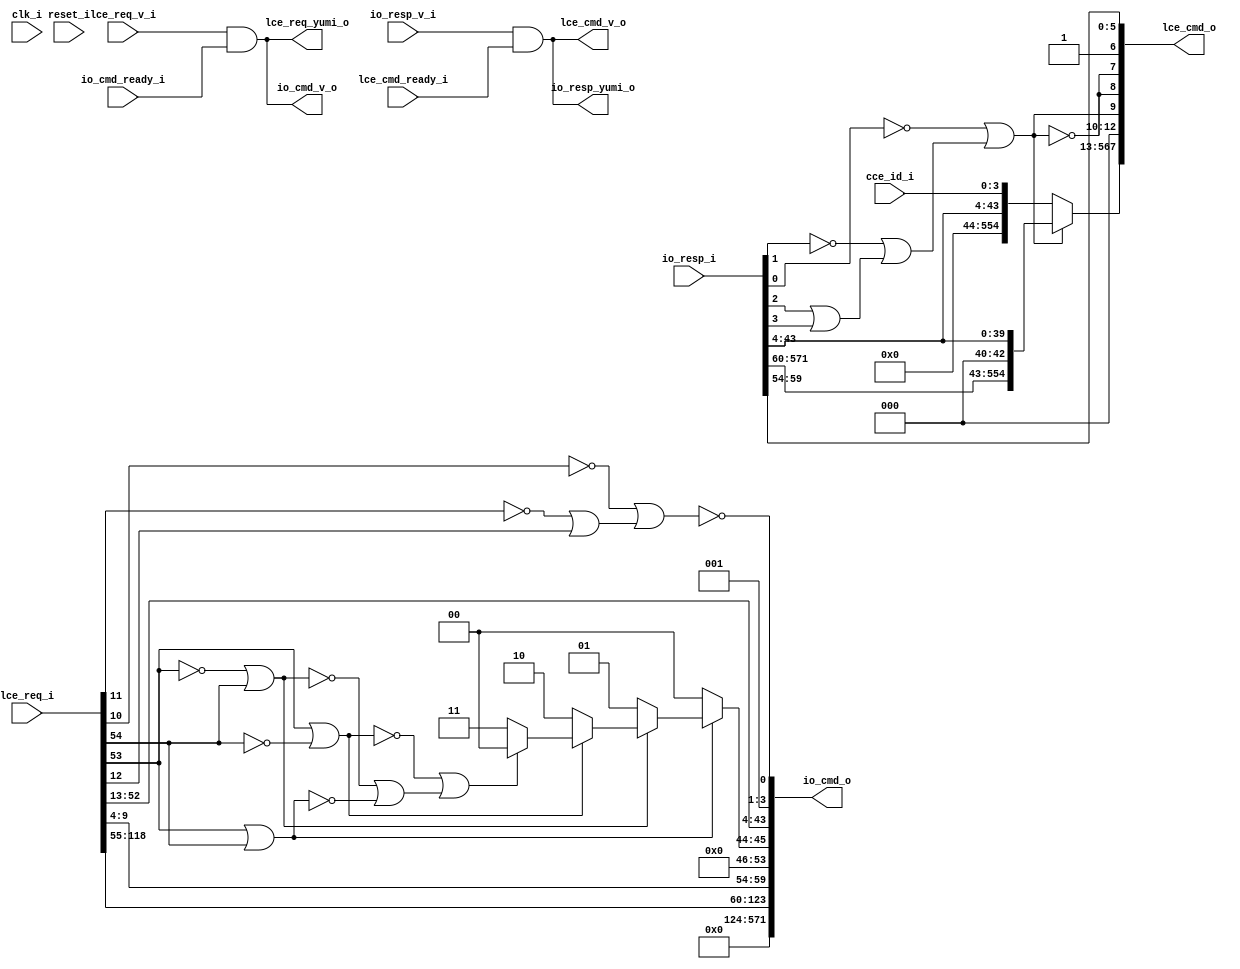
module bp_io_cce_05
(
  clk_i,
  reset_i,
  cce_id_i,
  lce_req_i,
  lce_req_v_i,
  lce_req_yumi_o,
  lce_cmd_o,
  lce_cmd_v_o,
  lce_cmd_ready_i,
  io_cmd_o,
  io_cmd_v_o,
  io_cmd_ready_i,
  io_resp_i,
  io_resp_v_i,
  io_resp_yumi_o
);

  input [3:0] cce_id_i;
  input [118:0] lce_req_i;
  output [567:0] lce_cmd_o;
  output [571:0] io_cmd_o;
  input [571:0] io_resp_i;
  input clk_i;
  input reset_i;
  input lce_req_v_i;
  input lce_cmd_ready_i;
  input io_cmd_ready_i;
  input io_resp_v_i;
  output lce_req_yumi_o;
  output lce_cmd_v_o;
  output io_cmd_v_o;
  output io_resp_yumi_o;
  wire [567:0] lce_cmd_o;
  wire [571:0] io_cmd_o;
  wire lce_req_yumi_o,lce_cmd_v_o,io_cmd_v_o,io_resp_yumi_o,N0,N1,N2,N3,N4,
  lce_cmd_o_8_,lce_cmd_o_5_,lce_cmd_o_4_,lce_cmd_o_3_,lce_cmd_o_2_,lce_cmd_o_1_,lce_cmd_o_0_,
  io_cmd_o_123_,io_cmd_o_122_,io_cmd_o_121_,io_cmd_o_120_,io_cmd_o_119_,
  io_cmd_o_118_,io_cmd_o_117_,io_cmd_o_116_,io_cmd_o_115_,io_cmd_o_114_,io_cmd_o_113_,
  io_cmd_o_112_,io_cmd_o_111_,io_cmd_o_110_,io_cmd_o_109_,io_cmd_o_108_,io_cmd_o_107_,
  io_cmd_o_106_,io_cmd_o_105_,io_cmd_o_104_,io_cmd_o_103_,io_cmd_o_102_,
  io_cmd_o_101_,io_cmd_o_100_,io_cmd_o_99_,io_cmd_o_98_,io_cmd_o_97_,io_cmd_o_96_,io_cmd_o_95_,
  io_cmd_o_94_,io_cmd_o_93_,io_cmd_o_92_,io_cmd_o_91_,io_cmd_o_90_,io_cmd_o_89_,
  io_cmd_o_88_,io_cmd_o_87_,io_cmd_o_86_,io_cmd_o_85_,io_cmd_o_84_,io_cmd_o_83_,
  io_cmd_o_82_,io_cmd_o_81_,io_cmd_o_80_,io_cmd_o_79_,io_cmd_o_78_,io_cmd_o_77_,
  io_cmd_o_76_,io_cmd_o_75_,io_cmd_o_74_,io_cmd_o_73_,io_cmd_o_72_,io_cmd_o_71_,
  io_cmd_o_70_,io_cmd_o_69_,io_cmd_o_68_,io_cmd_o_67_,io_cmd_o_66_,io_cmd_o_65_,
  io_cmd_o_64_,io_cmd_o_63_,io_cmd_o_62_,io_cmd_o_61_,io_cmd_o_60_,io_cmd_o_59_,
  io_cmd_o_58_,io_cmd_o_57_,io_cmd_o_56_,io_cmd_o_55_,io_cmd_o_54_,io_cmd_o_43_,io_cmd_o_42_,
  io_cmd_o_41_,io_cmd_o_40_,io_cmd_o_39_,io_cmd_o_38_,io_cmd_o_37_,io_cmd_o_36_,
  io_cmd_o_35_,io_cmd_o_34_,io_cmd_o_33_,io_cmd_o_32_,io_cmd_o_31_,io_cmd_o_30_,
  io_cmd_o_29_,io_cmd_o_28_,io_cmd_o_27_,io_cmd_o_26_,io_cmd_o_25_,io_cmd_o_24_,
  io_cmd_o_23_,io_cmd_o_22_,io_cmd_o_21_,io_cmd_o_20_,io_cmd_o_19_,io_cmd_o_18_,
  io_cmd_o_17_,io_cmd_o_16_,io_cmd_o_15_,io_cmd_o_14_,io_cmd_o_13_,io_cmd_o_12_,
  io_cmd_o_11_,io_cmd_o_10_,io_cmd_o_9_,io_cmd_o_8_,io_cmd_o_7_,io_cmd_o_6_,io_cmd_o_5_,
  io_cmd_o_4_,N5,N6,N7,N8,N9,N10,N11,N12,N13,N14,N15,N16,N17,N18,N19,N20,N21,N22,N23,
  N24,N25,N26;
  assign io_cmd_o[1] = 1'b1;
  assign lce_cmd_o[6] = 1'b1;
  assign io_cmd_o[2] = 1'b0;
  assign io_cmd_o[3] = 1'b0;
  assign io_cmd_o[46] = 1'b0;
  assign io_cmd_o[47] = 1'b0;
  assign io_cmd_o[48] = 1'b0;
  assign io_cmd_o[49] = 1'b0;
  assign io_cmd_o[50] = 1'b0;
  assign io_cmd_o[51] = 1'b0;
  assign io_cmd_o[52] = 1'b0;
  assign io_cmd_o[53] = 1'b0;
  assign io_cmd_o[124] = 1'b0;
  assign io_cmd_o[125] = 1'b0;
  assign io_cmd_o[126] = 1'b0;
  assign io_cmd_o[127] = 1'b0;
  assign io_cmd_o[128] = 1'b0;
  assign io_cmd_o[129] = 1'b0;
  assign io_cmd_o[130] = 1'b0;
  assign io_cmd_o[131] = 1'b0;
  assign io_cmd_o[132] = 1'b0;
  assign io_cmd_o[133] = 1'b0;
  assign io_cmd_o[134] = 1'b0;
  assign io_cmd_o[135] = 1'b0;
  assign io_cmd_o[136] = 1'b0;
  assign io_cmd_o[137] = 1'b0;
  assign io_cmd_o[138] = 1'b0;
  assign io_cmd_o[139] = 1'b0;
  assign io_cmd_o[140] = 1'b0;
  assign io_cmd_o[141] = 1'b0;
  assign io_cmd_o[142] = 1'b0;
  assign io_cmd_o[143] = 1'b0;
  assign io_cmd_o[144] = 1'b0;
  assign io_cmd_o[145] = 1'b0;
  assign io_cmd_o[146] = 1'b0;
  assign io_cmd_o[147] = 1'b0;
  assign io_cmd_o[148] = 1'b0;
  assign io_cmd_o[149] = 1'b0;
  assign io_cmd_o[150] = 1'b0;
  assign io_cmd_o[151] = 1'b0;
  assign io_cmd_o[152] = 1'b0;
  assign io_cmd_o[153] = 1'b0;
  assign io_cmd_o[154] = 1'b0;
  assign io_cmd_o[155] = 1'b0;
  assign io_cmd_o[156] = 1'b0;
  assign io_cmd_o[157] = 1'b0;
  assign io_cmd_o[158] = 1'b0;
  assign io_cmd_o[159] = 1'b0;
  assign io_cmd_o[160] = 1'b0;
  assign io_cmd_o[161] = 1'b0;
  assign io_cmd_o[162] = 1'b0;
  assign io_cmd_o[163] = 1'b0;
  assign io_cmd_o[164] = 1'b0;
  assign io_cmd_o[165] = 1'b0;
  assign io_cmd_o[166] = 1'b0;
  assign io_cmd_o[167] = 1'b0;
  assign io_cmd_o[168] = 1'b0;
  assign io_cmd_o[169] = 1'b0;
  assign io_cmd_o[170] = 1'b0;
  assign io_cmd_o[171] = 1'b0;
  assign io_cmd_o[172] = 1'b0;
  assign io_cmd_o[173] = 1'b0;
  assign io_cmd_o[174] = 1'b0;
  assign io_cmd_o[175] = 1'b0;
  assign io_cmd_o[176] = 1'b0;
  assign io_cmd_o[177] = 1'b0;
  assign io_cmd_o[178] = 1'b0;
  assign io_cmd_o[179] = 1'b0;
  assign io_cmd_o[180] = 1'b0;
  assign io_cmd_o[181] = 1'b0;
  assign io_cmd_o[182] = 1'b0;
  assign io_cmd_o[183] = 1'b0;
  assign io_cmd_o[184] = 1'b0;
  assign io_cmd_o[185] = 1'b0;
  assign io_cmd_o[186] = 1'b0;
  assign io_cmd_o[187] = 1'b0;
  assign io_cmd_o[188] = 1'b0;
  assign io_cmd_o[189] = 1'b0;
  assign io_cmd_o[190] = 1'b0;
  assign io_cmd_o[191] = 1'b0;
  assign io_cmd_o[192] = 1'b0;
  assign io_cmd_o[193] = 1'b0;
  assign io_cmd_o[194] = 1'b0;
  assign io_cmd_o[195] = 1'b0;
  assign io_cmd_o[196] = 1'b0;
  assign io_cmd_o[197] = 1'b0;
  assign io_cmd_o[198] = 1'b0;
  assign io_cmd_o[199] = 1'b0;
  assign io_cmd_o[200] = 1'b0;
  assign io_cmd_o[201] = 1'b0;
  assign io_cmd_o[202] = 1'b0;
  assign io_cmd_o[203] = 1'b0;
  assign io_cmd_o[204] = 1'b0;
  assign io_cmd_o[205] = 1'b0;
  assign io_cmd_o[206] = 1'b0;
  assign io_cmd_o[207] = 1'b0;
  assign io_cmd_o[208] = 1'b0;
  assign io_cmd_o[209] = 1'b0;
  assign io_cmd_o[210] = 1'b0;
  assign io_cmd_o[211] = 1'b0;
  assign io_cmd_o[212] = 1'b0;
  assign io_cmd_o[213] = 1'b0;
  assign io_cmd_o[214] = 1'b0;
  assign io_cmd_o[215] = 1'b0;
  assign io_cmd_o[216] = 1'b0;
  assign io_cmd_o[217] = 1'b0;
  assign io_cmd_o[218] = 1'b0;
  assign io_cmd_o[219] = 1'b0;
  assign io_cmd_o[220] = 1'b0;
  assign io_cmd_o[221] = 1'b0;
  assign io_cmd_o[222] = 1'b0;
  assign io_cmd_o[223] = 1'b0;
  assign io_cmd_o[224] = 1'b0;
  assign io_cmd_o[225] = 1'b0;
  assign io_cmd_o[226] = 1'b0;
  assign io_cmd_o[227] = 1'b0;
  assign io_cmd_o[228] = 1'b0;
  assign io_cmd_o[229] = 1'b0;
  assign io_cmd_o[230] = 1'b0;
  assign io_cmd_o[231] = 1'b0;
  assign io_cmd_o[232] = 1'b0;
  assign io_cmd_o[233] = 1'b0;
  assign io_cmd_o[234] = 1'b0;
  assign io_cmd_o[235] = 1'b0;
  assign io_cmd_o[236] = 1'b0;
  assign io_cmd_o[237] = 1'b0;
  assign io_cmd_o[238] = 1'b0;
  assign io_cmd_o[239] = 1'b0;
  assign io_cmd_o[240] = 1'b0;
  assign io_cmd_o[241] = 1'b0;
  assign io_cmd_o[242] = 1'b0;
  assign io_cmd_o[243] = 1'b0;
  assign io_cmd_o[244] = 1'b0;
  assign io_cmd_o[245] = 1'b0;
  assign io_cmd_o[246] = 1'b0;
  assign io_cmd_o[247] = 1'b0;
  assign io_cmd_o[248] = 1'b0;
  assign io_cmd_o[249] = 1'b0;
  assign io_cmd_o[250] = 1'b0;
  assign io_cmd_o[251] = 1'b0;
  assign io_cmd_o[252] = 1'b0;
  assign io_cmd_o[253] = 1'b0;
  assign io_cmd_o[254] = 1'b0;
  assign io_cmd_o[255] = 1'b0;
  assign io_cmd_o[256] = 1'b0;
  assign io_cmd_o[257] = 1'b0;
  assign io_cmd_o[258] = 1'b0;
  assign io_cmd_o[259] = 1'b0;
  assign io_cmd_o[260] = 1'b0;
  assign io_cmd_o[261] = 1'b0;
  assign io_cmd_o[262] = 1'b0;
  assign io_cmd_o[263] = 1'b0;
  assign io_cmd_o[264] = 1'b0;
  assign io_cmd_o[265] = 1'b0;
  assign io_cmd_o[266] = 1'b0;
  assign io_cmd_o[267] = 1'b0;
  assign io_cmd_o[268] = 1'b0;
  assign io_cmd_o[269] = 1'b0;
  assign io_cmd_o[270] = 1'b0;
  assign io_cmd_o[271] = 1'b0;
  assign io_cmd_o[272] = 1'b0;
  assign io_cmd_o[273] = 1'b0;
  assign io_cmd_o[274] = 1'b0;
  assign io_cmd_o[275] = 1'b0;
  assign io_cmd_o[276] = 1'b0;
  assign io_cmd_o[277] = 1'b0;
  assign io_cmd_o[278] = 1'b0;
  assign io_cmd_o[279] = 1'b0;
  assign io_cmd_o[280] = 1'b0;
  assign io_cmd_o[281] = 1'b0;
  assign io_cmd_o[282] = 1'b0;
  assign io_cmd_o[283] = 1'b0;
  assign io_cmd_o[284] = 1'b0;
  assign io_cmd_o[285] = 1'b0;
  assign io_cmd_o[286] = 1'b0;
  assign io_cmd_o[287] = 1'b0;
  assign io_cmd_o[288] = 1'b0;
  assign io_cmd_o[289] = 1'b0;
  assign io_cmd_o[290] = 1'b0;
  assign io_cmd_o[291] = 1'b0;
  assign io_cmd_o[292] = 1'b0;
  assign io_cmd_o[293] = 1'b0;
  assign io_cmd_o[294] = 1'b0;
  assign io_cmd_o[295] = 1'b0;
  assign io_cmd_o[296] = 1'b0;
  assign io_cmd_o[297] = 1'b0;
  assign io_cmd_o[298] = 1'b0;
  assign io_cmd_o[299] = 1'b0;
  assign io_cmd_o[300] = 1'b0;
  assign io_cmd_o[301] = 1'b0;
  assign io_cmd_o[302] = 1'b0;
  assign io_cmd_o[303] = 1'b0;
  assign io_cmd_o[304] = 1'b0;
  assign io_cmd_o[305] = 1'b0;
  assign io_cmd_o[306] = 1'b0;
  assign io_cmd_o[307] = 1'b0;
  assign io_cmd_o[308] = 1'b0;
  assign io_cmd_o[309] = 1'b0;
  assign io_cmd_o[310] = 1'b0;
  assign io_cmd_o[311] = 1'b0;
  assign io_cmd_o[312] = 1'b0;
  assign io_cmd_o[313] = 1'b0;
  assign io_cmd_o[314] = 1'b0;
  assign io_cmd_o[315] = 1'b0;
  assign io_cmd_o[316] = 1'b0;
  assign io_cmd_o[317] = 1'b0;
  assign io_cmd_o[318] = 1'b0;
  assign io_cmd_o[319] = 1'b0;
  assign io_cmd_o[320] = 1'b0;
  assign io_cmd_o[321] = 1'b0;
  assign io_cmd_o[322] = 1'b0;
  assign io_cmd_o[323] = 1'b0;
  assign io_cmd_o[324] = 1'b0;
  assign io_cmd_o[325] = 1'b0;
  assign io_cmd_o[326] = 1'b0;
  assign io_cmd_o[327] = 1'b0;
  assign io_cmd_o[328] = 1'b0;
  assign io_cmd_o[329] = 1'b0;
  assign io_cmd_o[330] = 1'b0;
  assign io_cmd_o[331] = 1'b0;
  assign io_cmd_o[332] = 1'b0;
  assign io_cmd_o[333] = 1'b0;
  assign io_cmd_o[334] = 1'b0;
  assign io_cmd_o[335] = 1'b0;
  assign io_cmd_o[336] = 1'b0;
  assign io_cmd_o[337] = 1'b0;
  assign io_cmd_o[338] = 1'b0;
  assign io_cmd_o[339] = 1'b0;
  assign io_cmd_o[340] = 1'b0;
  assign io_cmd_o[341] = 1'b0;
  assign io_cmd_o[342] = 1'b0;
  assign io_cmd_o[343] = 1'b0;
  assign io_cmd_o[344] = 1'b0;
  assign io_cmd_o[345] = 1'b0;
  assign io_cmd_o[346] = 1'b0;
  assign io_cmd_o[347] = 1'b0;
  assign io_cmd_o[348] = 1'b0;
  assign io_cmd_o[349] = 1'b0;
  assign io_cmd_o[350] = 1'b0;
  assign io_cmd_o[351] = 1'b0;
  assign io_cmd_o[352] = 1'b0;
  assign io_cmd_o[353] = 1'b0;
  assign io_cmd_o[354] = 1'b0;
  assign io_cmd_o[355] = 1'b0;
  assign io_cmd_o[356] = 1'b0;
  assign io_cmd_o[357] = 1'b0;
  assign io_cmd_o[358] = 1'b0;
  assign io_cmd_o[359] = 1'b0;
  assign io_cmd_o[360] = 1'b0;
  assign io_cmd_o[361] = 1'b0;
  assign io_cmd_o[362] = 1'b0;
  assign io_cmd_o[363] = 1'b0;
  assign io_cmd_o[364] = 1'b0;
  assign io_cmd_o[365] = 1'b0;
  assign io_cmd_o[366] = 1'b0;
  assign io_cmd_o[367] = 1'b0;
  assign io_cmd_o[368] = 1'b0;
  assign io_cmd_o[369] = 1'b0;
  assign io_cmd_o[370] = 1'b0;
  assign io_cmd_o[371] = 1'b0;
  assign io_cmd_o[372] = 1'b0;
  assign io_cmd_o[373] = 1'b0;
  assign io_cmd_o[374] = 1'b0;
  assign io_cmd_o[375] = 1'b0;
  assign io_cmd_o[376] = 1'b0;
  assign io_cmd_o[377] = 1'b0;
  assign io_cmd_o[378] = 1'b0;
  assign io_cmd_o[379] = 1'b0;
  assign io_cmd_o[380] = 1'b0;
  assign io_cmd_o[381] = 1'b0;
  assign io_cmd_o[382] = 1'b0;
  assign io_cmd_o[383] = 1'b0;
  assign io_cmd_o[384] = 1'b0;
  assign io_cmd_o[385] = 1'b0;
  assign io_cmd_o[386] = 1'b0;
  assign io_cmd_o[387] = 1'b0;
  assign io_cmd_o[388] = 1'b0;
  assign io_cmd_o[389] = 1'b0;
  assign io_cmd_o[390] = 1'b0;
  assign io_cmd_o[391] = 1'b0;
  assign io_cmd_o[392] = 1'b0;
  assign io_cmd_o[393] = 1'b0;
  assign io_cmd_o[394] = 1'b0;
  assign io_cmd_o[395] = 1'b0;
  assign io_cmd_o[396] = 1'b0;
  assign io_cmd_o[397] = 1'b0;
  assign io_cmd_o[398] = 1'b0;
  assign io_cmd_o[399] = 1'b0;
  assign io_cmd_o[400] = 1'b0;
  assign io_cmd_o[401] = 1'b0;
  assign io_cmd_o[402] = 1'b0;
  assign io_cmd_o[403] = 1'b0;
  assign io_cmd_o[404] = 1'b0;
  assign io_cmd_o[405] = 1'b0;
  assign io_cmd_o[406] = 1'b0;
  assign io_cmd_o[407] = 1'b0;
  assign io_cmd_o[408] = 1'b0;
  assign io_cmd_o[409] = 1'b0;
  assign io_cmd_o[410] = 1'b0;
  assign io_cmd_o[411] = 1'b0;
  assign io_cmd_o[412] = 1'b0;
  assign io_cmd_o[413] = 1'b0;
  assign io_cmd_o[414] = 1'b0;
  assign io_cmd_o[415] = 1'b0;
  assign io_cmd_o[416] = 1'b0;
  assign io_cmd_o[417] = 1'b0;
  assign io_cmd_o[418] = 1'b0;
  assign io_cmd_o[419] = 1'b0;
  assign io_cmd_o[420] = 1'b0;
  assign io_cmd_o[421] = 1'b0;
  assign io_cmd_o[422] = 1'b0;
  assign io_cmd_o[423] = 1'b0;
  assign io_cmd_o[424] = 1'b0;
  assign io_cmd_o[425] = 1'b0;
  assign io_cmd_o[426] = 1'b0;
  assign io_cmd_o[427] = 1'b0;
  assign io_cmd_o[428] = 1'b0;
  assign io_cmd_o[429] = 1'b0;
  assign io_cmd_o[430] = 1'b0;
  assign io_cmd_o[431] = 1'b0;
  assign io_cmd_o[432] = 1'b0;
  assign io_cmd_o[433] = 1'b0;
  assign io_cmd_o[434] = 1'b0;
  assign io_cmd_o[435] = 1'b0;
  assign io_cmd_o[436] = 1'b0;
  assign io_cmd_o[437] = 1'b0;
  assign io_cmd_o[438] = 1'b0;
  assign io_cmd_o[439] = 1'b0;
  assign io_cmd_o[440] = 1'b0;
  assign io_cmd_o[441] = 1'b0;
  assign io_cmd_o[442] = 1'b0;
  assign io_cmd_o[443] = 1'b0;
  assign io_cmd_o[444] = 1'b0;
  assign io_cmd_o[445] = 1'b0;
  assign io_cmd_o[446] = 1'b0;
  assign io_cmd_o[447] = 1'b0;
  assign io_cmd_o[448] = 1'b0;
  assign io_cmd_o[449] = 1'b0;
  assign io_cmd_o[450] = 1'b0;
  assign io_cmd_o[451] = 1'b0;
  assign io_cmd_o[452] = 1'b0;
  assign io_cmd_o[453] = 1'b0;
  assign io_cmd_o[454] = 1'b0;
  assign io_cmd_o[455] = 1'b0;
  assign io_cmd_o[456] = 1'b0;
  assign io_cmd_o[457] = 1'b0;
  assign io_cmd_o[458] = 1'b0;
  assign io_cmd_o[459] = 1'b0;
  assign io_cmd_o[460] = 1'b0;
  assign io_cmd_o[461] = 1'b0;
  assign io_cmd_o[462] = 1'b0;
  assign io_cmd_o[463] = 1'b0;
  assign io_cmd_o[464] = 1'b0;
  assign io_cmd_o[465] = 1'b0;
  assign io_cmd_o[466] = 1'b0;
  assign io_cmd_o[467] = 1'b0;
  assign io_cmd_o[468] = 1'b0;
  assign io_cmd_o[469] = 1'b0;
  assign io_cmd_o[470] = 1'b0;
  assign io_cmd_o[471] = 1'b0;
  assign io_cmd_o[472] = 1'b0;
  assign io_cmd_o[473] = 1'b0;
  assign io_cmd_o[474] = 1'b0;
  assign io_cmd_o[475] = 1'b0;
  assign io_cmd_o[476] = 1'b0;
  assign io_cmd_o[477] = 1'b0;
  assign io_cmd_o[478] = 1'b0;
  assign io_cmd_o[479] = 1'b0;
  assign io_cmd_o[480] = 1'b0;
  assign io_cmd_o[481] = 1'b0;
  assign io_cmd_o[482] = 1'b0;
  assign io_cmd_o[483] = 1'b0;
  assign io_cmd_o[484] = 1'b0;
  assign io_cmd_o[485] = 1'b0;
  assign io_cmd_o[486] = 1'b0;
  assign io_cmd_o[487] = 1'b0;
  assign io_cmd_o[488] = 1'b0;
  assign io_cmd_o[489] = 1'b0;
  assign io_cmd_o[490] = 1'b0;
  assign io_cmd_o[491] = 1'b0;
  assign io_cmd_o[492] = 1'b0;
  assign io_cmd_o[493] = 1'b0;
  assign io_cmd_o[494] = 1'b0;
  assign io_cmd_o[495] = 1'b0;
  assign io_cmd_o[496] = 1'b0;
  assign io_cmd_o[497] = 1'b0;
  assign io_cmd_o[498] = 1'b0;
  assign io_cmd_o[499] = 1'b0;
  assign io_cmd_o[500] = 1'b0;
  assign io_cmd_o[501] = 1'b0;
  assign io_cmd_o[502] = 1'b0;
  assign io_cmd_o[503] = 1'b0;
  assign io_cmd_o[504] = 1'b0;
  assign io_cmd_o[505] = 1'b0;
  assign io_cmd_o[506] = 1'b0;
  assign io_cmd_o[507] = 1'b0;
  assign io_cmd_o[508] = 1'b0;
  assign io_cmd_o[509] = 1'b0;
  assign io_cmd_o[510] = 1'b0;
  assign io_cmd_o[511] = 1'b0;
  assign io_cmd_o[512] = 1'b0;
  assign io_cmd_o[513] = 1'b0;
  assign io_cmd_o[514] = 1'b0;
  assign io_cmd_o[515] = 1'b0;
  assign io_cmd_o[516] = 1'b0;
  assign io_cmd_o[517] = 1'b0;
  assign io_cmd_o[518] = 1'b0;
  assign io_cmd_o[519] = 1'b0;
  assign io_cmd_o[520] = 1'b0;
  assign io_cmd_o[521] = 1'b0;
  assign io_cmd_o[522] = 1'b0;
  assign io_cmd_o[523] = 1'b0;
  assign io_cmd_o[524] = 1'b0;
  assign io_cmd_o[525] = 1'b0;
  assign io_cmd_o[526] = 1'b0;
  assign io_cmd_o[527] = 1'b0;
  assign io_cmd_o[528] = 1'b0;
  assign io_cmd_o[529] = 1'b0;
  assign io_cmd_o[530] = 1'b0;
  assign io_cmd_o[531] = 1'b0;
  assign io_cmd_o[532] = 1'b0;
  assign io_cmd_o[533] = 1'b0;
  assign io_cmd_o[534] = 1'b0;
  assign io_cmd_o[535] = 1'b0;
  assign io_cmd_o[536] = 1'b0;
  assign io_cmd_o[537] = 1'b0;
  assign io_cmd_o[538] = 1'b0;
  assign io_cmd_o[539] = 1'b0;
  assign io_cmd_o[540] = 1'b0;
  assign io_cmd_o[541] = 1'b0;
  assign io_cmd_o[542] = 1'b0;
  assign io_cmd_o[543] = 1'b0;
  assign io_cmd_o[544] = 1'b0;
  assign io_cmd_o[545] = 1'b0;
  assign io_cmd_o[546] = 1'b0;
  assign io_cmd_o[547] = 1'b0;
  assign io_cmd_o[548] = 1'b0;
  assign io_cmd_o[549] = 1'b0;
  assign io_cmd_o[550] = 1'b0;
  assign io_cmd_o[551] = 1'b0;
  assign io_cmd_o[552] = 1'b0;
  assign io_cmd_o[553] = 1'b0;
  assign io_cmd_o[554] = 1'b0;
  assign io_cmd_o[555] = 1'b0;
  assign io_cmd_o[556] = 1'b0;
  assign io_cmd_o[557] = 1'b0;
  assign io_cmd_o[558] = 1'b0;
  assign io_cmd_o[559] = 1'b0;
  assign io_cmd_o[560] = 1'b0;
  assign io_cmd_o[561] = 1'b0;
  assign io_cmd_o[562] = 1'b0;
  assign io_cmd_o[563] = 1'b0;
  assign io_cmd_o[564] = 1'b0;
  assign io_cmd_o[565] = 1'b0;
  assign io_cmd_o[566] = 1'b0;
  assign io_cmd_o[567] = 1'b0;
  assign io_cmd_o[568] = 1'b0;
  assign io_cmd_o[569] = 1'b0;
  assign io_cmd_o[570] = 1'b0;
  assign io_cmd_o[571] = 1'b0;
  assign lce_cmd_o[10] = 1'b0;
  assign lce_cmd_o[11] = 1'b0;
  assign lce_cmd_o[12] = 1'b0;
  assign io_cmd_v_o = lce_req_yumi_o;
  assign lce_cmd_o[7] = lce_cmd_o_8_;
  assign lce_cmd_o[8] = lce_cmd_o_8_;
  assign lce_cmd_o_5_ = io_resp_i[59];
  assign lce_cmd_o[5] = lce_cmd_o_5_;
  assign lce_cmd_o_4_ = io_resp_i[58];
  assign lce_cmd_o[4] = lce_cmd_o_4_;
  assign lce_cmd_o_3_ = io_resp_i[57];
  assign lce_cmd_o[3] = lce_cmd_o_3_;
  assign lce_cmd_o_2_ = io_resp_i[56];
  assign lce_cmd_o[2] = lce_cmd_o_2_;
  assign lce_cmd_o_1_ = io_resp_i[55];
  assign lce_cmd_o[1] = lce_cmd_o_1_;
  assign lce_cmd_o_0_ = io_resp_i[54];
  assign lce_cmd_o[0] = lce_cmd_o_0_;
  assign io_cmd_o_123_ = lce_req_i[118];
  assign io_cmd_o[123] = io_cmd_o_123_;
  assign io_cmd_o_122_ = lce_req_i[117];
  assign io_cmd_o[122] = io_cmd_o_122_;
  assign io_cmd_o_121_ = lce_req_i[116];
  assign io_cmd_o[121] = io_cmd_o_121_;
  assign io_cmd_o_120_ = lce_req_i[115];
  assign io_cmd_o[120] = io_cmd_o_120_;
  assign io_cmd_o_119_ = lce_req_i[114];
  assign io_cmd_o[119] = io_cmd_o_119_;
  assign io_cmd_o_118_ = lce_req_i[113];
  assign io_cmd_o[118] = io_cmd_o_118_;
  assign io_cmd_o_117_ = lce_req_i[112];
  assign io_cmd_o[117] = io_cmd_o_117_;
  assign io_cmd_o_116_ = lce_req_i[111];
  assign io_cmd_o[116] = io_cmd_o_116_;
  assign io_cmd_o_115_ = lce_req_i[110];
  assign io_cmd_o[115] = io_cmd_o_115_;
  assign io_cmd_o_114_ = lce_req_i[109];
  assign io_cmd_o[114] = io_cmd_o_114_;
  assign io_cmd_o_113_ = lce_req_i[108];
  assign io_cmd_o[113] = io_cmd_o_113_;
  assign io_cmd_o_112_ = lce_req_i[107];
  assign io_cmd_o[112] = io_cmd_o_112_;
  assign io_cmd_o_111_ = lce_req_i[106];
  assign io_cmd_o[111] = io_cmd_o_111_;
  assign io_cmd_o_110_ = lce_req_i[105];
  assign io_cmd_o[110] = io_cmd_o_110_;
  assign io_cmd_o_109_ = lce_req_i[104];
  assign io_cmd_o[109] = io_cmd_o_109_;
  assign io_cmd_o_108_ = lce_req_i[103];
  assign io_cmd_o[108] = io_cmd_o_108_;
  assign io_cmd_o_107_ = lce_req_i[102];
  assign io_cmd_o[107] = io_cmd_o_107_;
  assign io_cmd_o_106_ = lce_req_i[101];
  assign io_cmd_o[106] = io_cmd_o_106_;
  assign io_cmd_o_105_ = lce_req_i[100];
  assign io_cmd_o[105] = io_cmd_o_105_;
  assign io_cmd_o_104_ = lce_req_i[99];
  assign io_cmd_o[104] = io_cmd_o_104_;
  assign io_cmd_o_103_ = lce_req_i[98];
  assign io_cmd_o[103] = io_cmd_o_103_;
  assign io_cmd_o_102_ = lce_req_i[97];
  assign io_cmd_o[102] = io_cmd_o_102_;
  assign io_cmd_o_101_ = lce_req_i[96];
  assign io_cmd_o[101] = io_cmd_o_101_;
  assign io_cmd_o_100_ = lce_req_i[95];
  assign io_cmd_o[100] = io_cmd_o_100_;
  assign io_cmd_o_99_ = lce_req_i[94];
  assign io_cmd_o[99] = io_cmd_o_99_;
  assign io_cmd_o_98_ = lce_req_i[93];
  assign io_cmd_o[98] = io_cmd_o_98_;
  assign io_cmd_o_97_ = lce_req_i[92];
  assign io_cmd_o[97] = io_cmd_o_97_;
  assign io_cmd_o_96_ = lce_req_i[91];
  assign io_cmd_o[96] = io_cmd_o_96_;
  assign io_cmd_o_95_ = lce_req_i[90];
  assign io_cmd_o[95] = io_cmd_o_95_;
  assign io_cmd_o_94_ = lce_req_i[89];
  assign io_cmd_o[94] = io_cmd_o_94_;
  assign io_cmd_o_93_ = lce_req_i[88];
  assign io_cmd_o[93] = io_cmd_o_93_;
  assign io_cmd_o_92_ = lce_req_i[87];
  assign io_cmd_o[92] = io_cmd_o_92_;
  assign io_cmd_o_91_ = lce_req_i[86];
  assign io_cmd_o[91] = io_cmd_o_91_;
  assign io_cmd_o_90_ = lce_req_i[85];
  assign io_cmd_o[90] = io_cmd_o_90_;
  assign io_cmd_o_89_ = lce_req_i[84];
  assign io_cmd_o[89] = io_cmd_o_89_;
  assign io_cmd_o_88_ = lce_req_i[83];
  assign io_cmd_o[88] = io_cmd_o_88_;
  assign io_cmd_o_87_ = lce_req_i[82];
  assign io_cmd_o[87] = io_cmd_o_87_;
  assign io_cmd_o_86_ = lce_req_i[81];
  assign io_cmd_o[86] = io_cmd_o_86_;
  assign io_cmd_o_85_ = lce_req_i[80];
  assign io_cmd_o[85] = io_cmd_o_85_;
  assign io_cmd_o_84_ = lce_req_i[79];
  assign io_cmd_o[84] = io_cmd_o_84_;
  assign io_cmd_o_83_ = lce_req_i[78];
  assign io_cmd_o[83] = io_cmd_o_83_;
  assign io_cmd_o_82_ = lce_req_i[77];
  assign io_cmd_o[82] = io_cmd_o_82_;
  assign io_cmd_o_81_ = lce_req_i[76];
  assign io_cmd_o[81] = io_cmd_o_81_;
  assign io_cmd_o_80_ = lce_req_i[75];
  assign io_cmd_o[80] = io_cmd_o_80_;
  assign io_cmd_o_79_ = lce_req_i[74];
  assign io_cmd_o[79] = io_cmd_o_79_;
  assign io_cmd_o_78_ = lce_req_i[73];
  assign io_cmd_o[78] = io_cmd_o_78_;
  assign io_cmd_o_77_ = lce_req_i[72];
  assign io_cmd_o[77] = io_cmd_o_77_;
  assign io_cmd_o_76_ = lce_req_i[71];
  assign io_cmd_o[76] = io_cmd_o_76_;
  assign io_cmd_o_75_ = lce_req_i[70];
  assign io_cmd_o[75] = io_cmd_o_75_;
  assign io_cmd_o_74_ = lce_req_i[69];
  assign io_cmd_o[74] = io_cmd_o_74_;
  assign io_cmd_o_73_ = lce_req_i[68];
  assign io_cmd_o[73] = io_cmd_o_73_;
  assign io_cmd_o_72_ = lce_req_i[67];
  assign io_cmd_o[72] = io_cmd_o_72_;
  assign io_cmd_o_71_ = lce_req_i[66];
  assign io_cmd_o[71] = io_cmd_o_71_;
  assign io_cmd_o_70_ = lce_req_i[65];
  assign io_cmd_o[70] = io_cmd_o_70_;
  assign io_cmd_o_69_ = lce_req_i[64];
  assign io_cmd_o[69] = io_cmd_o_69_;
  assign io_cmd_o_68_ = lce_req_i[63];
  assign io_cmd_o[68] = io_cmd_o_68_;
  assign io_cmd_o_67_ = lce_req_i[62];
  assign io_cmd_o[67] = io_cmd_o_67_;
  assign io_cmd_o_66_ = lce_req_i[61];
  assign io_cmd_o[66] = io_cmd_o_66_;
  assign io_cmd_o_65_ = lce_req_i[60];
  assign io_cmd_o[65] = io_cmd_o_65_;
  assign io_cmd_o_64_ = lce_req_i[59];
  assign io_cmd_o[64] = io_cmd_o_64_;
  assign io_cmd_o_63_ = lce_req_i[58];
  assign io_cmd_o[63] = io_cmd_o_63_;
  assign io_cmd_o_62_ = lce_req_i[57];
  assign io_cmd_o[62] = io_cmd_o_62_;
  assign io_cmd_o_61_ = lce_req_i[56];
  assign io_cmd_o[61] = io_cmd_o_61_;
  assign io_cmd_o_60_ = lce_req_i[55];
  assign io_cmd_o[60] = io_cmd_o_60_;
  assign io_cmd_o_59_ = lce_req_i[9];
  assign io_cmd_o[59] = io_cmd_o_59_;
  assign io_cmd_o_58_ = lce_req_i[8];
  assign io_cmd_o[58] = io_cmd_o_58_;
  assign io_cmd_o_57_ = lce_req_i[7];
  assign io_cmd_o[57] = io_cmd_o_57_;
  assign io_cmd_o_56_ = lce_req_i[6];
  assign io_cmd_o[56] = io_cmd_o_56_;
  assign io_cmd_o_55_ = lce_req_i[5];
  assign io_cmd_o[55] = io_cmd_o_55_;
  assign io_cmd_o_54_ = lce_req_i[4];
  assign io_cmd_o[54] = io_cmd_o_54_;
  assign io_cmd_o_43_ = lce_req_i[52];
  assign io_cmd_o[43] = io_cmd_o_43_;
  assign io_cmd_o_42_ = lce_req_i[51];
  assign io_cmd_o[42] = io_cmd_o_42_;
  assign io_cmd_o_41_ = lce_req_i[50];
  assign io_cmd_o[41] = io_cmd_o_41_;
  assign io_cmd_o_40_ = lce_req_i[49];
  assign io_cmd_o[40] = io_cmd_o_40_;
  assign io_cmd_o_39_ = lce_req_i[48];
  assign io_cmd_o[39] = io_cmd_o_39_;
  assign io_cmd_o_38_ = lce_req_i[47];
  assign io_cmd_o[38] = io_cmd_o_38_;
  assign io_cmd_o_37_ = lce_req_i[46];
  assign io_cmd_o[37] = io_cmd_o_37_;
  assign io_cmd_o_36_ = lce_req_i[45];
  assign io_cmd_o[36] = io_cmd_o_36_;
  assign io_cmd_o_35_ = lce_req_i[44];
  assign io_cmd_o[35] = io_cmd_o_35_;
  assign io_cmd_o_34_ = lce_req_i[43];
  assign io_cmd_o[34] = io_cmd_o_34_;
  assign io_cmd_o_33_ = lce_req_i[42];
  assign io_cmd_o[33] = io_cmd_o_33_;
  assign io_cmd_o_32_ = lce_req_i[41];
  assign io_cmd_o[32] = io_cmd_o_32_;
  assign io_cmd_o_31_ = lce_req_i[40];
  assign io_cmd_o[31] = io_cmd_o_31_;
  assign io_cmd_o_30_ = lce_req_i[39];
  assign io_cmd_o[30] = io_cmd_o_30_;
  assign io_cmd_o_29_ = lce_req_i[38];
  assign io_cmd_o[29] = io_cmd_o_29_;
  assign io_cmd_o_28_ = lce_req_i[37];
  assign io_cmd_o[28] = io_cmd_o_28_;
  assign io_cmd_o_27_ = lce_req_i[36];
  assign io_cmd_o[27] = io_cmd_o_27_;
  assign io_cmd_o_26_ = lce_req_i[35];
  assign io_cmd_o[26] = io_cmd_o_26_;
  assign io_cmd_o_25_ = lce_req_i[34];
  assign io_cmd_o[25] = io_cmd_o_25_;
  assign io_cmd_o_24_ = lce_req_i[33];
  assign io_cmd_o[24] = io_cmd_o_24_;
  assign io_cmd_o_23_ = lce_req_i[32];
  assign io_cmd_o[23] = io_cmd_o_23_;
  assign io_cmd_o_22_ = lce_req_i[31];
  assign io_cmd_o[22] = io_cmd_o_22_;
  assign io_cmd_o_21_ = lce_req_i[30];
  assign io_cmd_o[21] = io_cmd_o_21_;
  assign io_cmd_o_20_ = lce_req_i[29];
  assign io_cmd_o[20] = io_cmd_o_20_;
  assign io_cmd_o_19_ = lce_req_i[28];
  assign io_cmd_o[19] = io_cmd_o_19_;
  assign io_cmd_o_18_ = lce_req_i[27];
  assign io_cmd_o[18] = io_cmd_o_18_;
  assign io_cmd_o_17_ = lce_req_i[26];
  assign io_cmd_o[17] = io_cmd_o_17_;
  assign io_cmd_o_16_ = lce_req_i[25];
  assign io_cmd_o[16] = io_cmd_o_16_;
  assign io_cmd_o_15_ = lce_req_i[24];
  assign io_cmd_o[15] = io_cmd_o_15_;
  assign io_cmd_o_14_ = lce_req_i[23];
  assign io_cmd_o[14] = io_cmd_o_14_;
  assign io_cmd_o_13_ = lce_req_i[22];
  assign io_cmd_o[13] = io_cmd_o_13_;
  assign io_cmd_o_12_ = lce_req_i[21];
  assign io_cmd_o[12] = io_cmd_o_12_;
  assign io_cmd_o_11_ = lce_req_i[20];
  assign io_cmd_o[11] = io_cmd_o_11_;
  assign io_cmd_o_10_ = lce_req_i[19];
  assign io_cmd_o[10] = io_cmd_o_10_;
  assign io_cmd_o_9_ = lce_req_i[18];
  assign io_cmd_o[9] = io_cmd_o_9_;
  assign io_cmd_o_8_ = lce_req_i[17];
  assign io_cmd_o[8] = io_cmd_o_8_;
  assign io_cmd_o_7_ = lce_req_i[16];
  assign io_cmd_o[7] = io_cmd_o_7_;
  assign io_cmd_o_6_ = lce_req_i[15];
  assign io_cmd_o[6] = io_cmd_o_6_;
  assign io_cmd_o_5_ = lce_req_i[14];
  assign io_cmd_o[5] = io_cmd_o_5_;
  assign io_cmd_o_4_ = lce_req_i[13];
  assign io_cmd_o[4] = io_cmd_o_4_;
  assign lce_cmd_v_o = io_resp_yumi_o;
  assign N8 = ~io_resp_i[1];
  assign N9 = ~io_resp_i[0];
  assign N10 = io_resp_i[2] | io_resp_i[3];
  assign N11 = N8 | N10;
  assign N12 = N9 | N11;
  assign N13 = ~N12;
  assign N14 = ~lce_req_i[11];
  assign N15 = ~lce_req_i[10];
  assign N16 = N14 | lce_req_i[12];
  assign N17 = N15 | N16;
  assign N18 = ~N17;
  assign N19 = ~lce_req_i[54];
  assign N20 = lce_req_i[53] | N19;
  assign N21 = ~N20;
  assign N22 = ~lce_req_i[53];
  assign N23 = N22 | lce_req_i[54];
  assign N24 = ~N23;
  assign N25 = lce_req_i[53] | lce_req_i[54];
  assign N26 = ~N25;
  assign io_cmd_o[45:44] = (N0)? { 1'b0, 1'b0 } : 
                           (N1)? { 1'b0, 1'b1 } : 
                           (N2)? { 1'b1, 1'b0 } : 
                           (N7)? { 1'b1, 1'b1 } : 1'b0;
  assign N0 = N26;
  assign N1 = N24;
  assign N2 = N21;
  assign lce_cmd_o[567:13] = (N3)? { 1'b0, 1'b0, 1'b0, 1'b0, 1'b0, 1'b0, 1'b0, 1'b0, 1'b0, 1'b0, 1'b0, 1'b0, 1'b0, 1'b0, 1'b0, 1'b0, 1'b0, 1'b0, 1'b0, 1'b0, 1'b0, 1'b0, 1'b0, 1'b0, 1'b0, 1'b0, 1'b0, 1'b0, 1'b0, 1'b0, 1'b0, 1'b0, 1'b0, 1'b0, 1'b0, 1'b0, 1'b0, 1'b0, 1'b0, 1'b0, 1'b0, 1'b0, 1'b0, 1'b0, 1'b0, 1'b0, 1'b0, 1'b0, 1'b0, 1'b0, 1'b0, 1'b0, 1'b0, 1'b0, 1'b0, 1'b0, 1'b0, 1'b0, 1'b0, 1'b0, 1'b0, 1'b0, 1'b0, 1'b0, 1'b0, 1'b0, 1'b0, 1'b0, 1'b0, 1'b0, 1'b0, 1'b0, 1'b0, 1'b0, 1'b0, 1'b0, 1'b0, 1'b0, 1'b0, 1'b0, 1'b0, 1'b0, 1'b0, 1'b0, 1'b0, 1'b0, 1'b0, 1'b0, 1'b0, 1'b0, 1'b0, 1'b0, 1'b0, 1'b0, 1'b0, 1'b0, 1'b0, 1'b0, 1'b0, 1'b0, 1'b0, 1'b0, 1'b0, 1'b0, 1'b0, 1'b0, 1'b0, 1'b0, 1'b0, 1'b0, 1'b0, 1'b0, 1'b0, 1'b0, 1'b0, 1'b0, 1'b0, 1'b0, 1'b0, 1'b0, 1'b0, 1'b0, 1'b0, 1'b0, 1'b0, 1'b0, 1'b0, 1'b0, 1'b0, 1'b0, 1'b0, 1'b0, 1'b0, 1'b0, 1'b0, 1'b0, 1'b0, 1'b0, 1'b0, 1'b0, 1'b0, 1'b0, 1'b0, 1'b0, 1'b0, 1'b0, 1'b0, 1'b0, 1'b0, 1'b0, 1'b0, 1'b0, 1'b0, 1'b0, 1'b0, 1'b0, 1'b0, 1'b0, 1'b0, 1'b0, 1'b0, 1'b0, 1'b0, 1'b0, 1'b0, 1'b0, 1'b0, 1'b0, 1'b0, 1'b0, 1'b0, 1'b0, 1'b0, 1'b0, 1'b0, 1'b0, 1'b0, 1'b0, 1'b0, 1'b0, 1'b0, 1'b0, 1'b0, 1'b0, 1'b0, 1'b0, 1'b0, 1'b0, 1'b0, 1'b0, 1'b0, 1'b0, 1'b0, 1'b0, 1'b0, 1'b0, 1'b0, 1'b0, 1'b0, 1'b0, 1'b0, 1'b0, 1'b0, 1'b0, 1'b0, 1'b0, 1'b0, 1'b0, 1'b0, 1'b0, 1'b0, 1'b0, 1'b0, 1'b0, 1'b0, 1'b0, 1'b0, 1'b0, 1'b0, 1'b0, 1'b0, 1'b0, 1'b0, 1'b0, 1'b0, 1'b0, 1'b0, 1'b0, 1'b0, 1'b0, 1'b0, 1'b0, 1'b0, 1'b0, 1'b0, 1'b0, 1'b0, 1'b0, 1'b0, 1'b0, 1'b0, 1'b0, 1'b0, 1'b0, 1'b0, 1'b0, 1'b0, 1'b0, 1'b0, 1'b0, 1'b0, 1'b0, 1'b0, 1'b0, 1'b0, 1'b0, 1'b0, 1'b0, 1'b0, 1'b0, 1'b0, 1'b0, 1'b0, 1'b0, 1'b0, 1'b0, 1'b0, 1'b0, 1'b0, 1'b0, 1'b0, 1'b0, 1'b0, 1'b0, 1'b0, 1'b0, 1'b0, 1'b0, 1'b0, 1'b0, 1'b0, 1'b0, 1'b0, 1'b0, 1'b0, 1'b0, 1'b0, 1'b0, 1'b0, 1'b0, 1'b0, 1'b0, 1'b0, 1'b0, 1'b0, 1'b0, 1'b0, 1'b0, 1'b0, 1'b0, 1'b0, 1'b0, 1'b0, 1'b0, 1'b0, 1'b0, 1'b0, 1'b0, 1'b0, 1'b0, 1'b0, 1'b0, 1'b0, 1'b0, 1'b0, 1'b0, 1'b0, 1'b0, 1'b0, 1'b0, 1'b0, 1'b0, 1'b0, 1'b0, 1'b0, 1'b0, 1'b0, 1'b0, 1'b0, 1'b0, 1'b0, 1'b0, 1'b0, 1'b0, 1'b0, 1'b0, 1'b0, 1'b0, 1'b0, 1'b0, 1'b0, 1'b0, 1'b0, 1'b0, 1'b0, 1'b0, 1'b0, 1'b0, 1'b0, 1'b0, 1'b0, 1'b0, 1'b0, 1'b0, 1'b0, 1'b0, 1'b0, 1'b0, 1'b0, 1'b0, 1'b0, 1'b0, 1'b0, 1'b0, 1'b0, 1'b0, 1'b0, 1'b0, 1'b0, 1'b0, 1'b0, 1'b0, 1'b0, 1'b0, 1'b0, 1'b0, 1'b0, 1'b0, 1'b0, 1'b0, 1'b0, 1'b0, 1'b0, 1'b0, 1'b0, 1'b0, 1'b0, 1'b0, 1'b0, 1'b0, 1'b0, 1'b0, 1'b0, 1'b0, 1'b0, 1'b0, 1'b0, 1'b0, 1'b0, 1'b0, 1'b0, 1'b0, 1'b0, 1'b0, 1'b0, 1'b0, 1'b0, 1'b0, 1'b0, 1'b0, 1'b0, 1'b0, 1'b0, 1'b0, 1'b0, 1'b0, 1'b0, 1'b0, 1'b0, 1'b0, 1'b0, 1'b0, 1'b0, 1'b0, 1'b0, 1'b0, 1'b0, 1'b0, 1'b0, 1'b0, 1'b0, 1'b0, 1'b0, 1'b0, 1'b0, 1'b0, 1'b0, 1'b0, 1'b0, 1'b0, 1'b0, 1'b0, 1'b0, 1'b0, 1'b0, 1'b0, 1'b0, 1'b0, 1'b0, 1'b0, 1'b0, 1'b0, 1'b0, 1'b0, 1'b0, 1'b0, 1'b0, 1'b0, 1'b0, 1'b0, 1'b0, 1'b0, 1'b0, 1'b0, 1'b0, 1'b0, 1'b0, 1'b0, 1'b0, 1'b0, 1'b0, 1'b0, 1'b0, 1'b0, 1'b0, 1'b0, 1'b0, 1'b0, 1'b0, 1'b0, 1'b0, 1'b0, 1'b0, 1'b0, 1'b0, 1'b0, 1'b0, 1'b0, 1'b0, 1'b0, 1'b0, 1'b0, 1'b0, 1'b0, 1'b0, 1'b0, 1'b0, 1'b0, 1'b0, 1'b0, 1'b0, 1'b0, 1'b0, 1'b0, 1'b0, 1'b0, 1'b0, 1'b0, 1'b0, 1'b0, 1'b0, io_resp_i[43:4], cce_id_i } : 
                             (N4)? { io_resp_i[571:60], 1'b0, 1'b0, 1'b0, io_resp_i[43:4] } : 1'b0;
  assign N3 = lce_cmd_o_8_;
  assign N4 = lce_cmd_o[9];
  assign N5 = N24 | N26;
  assign N6 = N21 | N5;
  assign N7 = ~N6;
  assign lce_req_yumi_o = lce_req_v_i & io_cmd_ready_i;
  assign io_cmd_o[0] = N18;
  assign io_resp_yumi_o = io_resp_v_i & lce_cmd_ready_i;
  assign lce_cmd_o_8_ = N13;
  assign lce_cmd_o[9] = N12;

endmodule